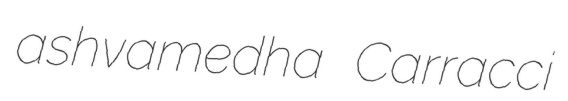
ashvamedha Carracci